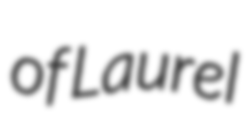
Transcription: of Laurel